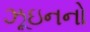
ઝૂઇનનો